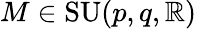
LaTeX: M\in\operatorname{SU}(p,q,\mathbb{R})